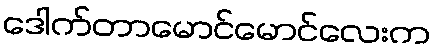
ဒေါက်တာမောင်မောင်လေးက